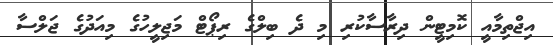
އިޖްތިމާއީ ކޮމިޓީން ދިރާސާކުރި މި ދެ ބިލްގެ ރިޕޯޓް މަޖިލީހުގެ މިއަދުގެ ޖަލްސާ